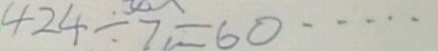
4 2 4 \div 7 = 6 0 \cdots